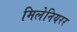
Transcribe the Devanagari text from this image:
मिलेनियरर